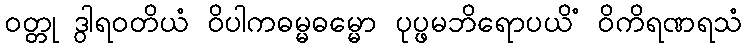
ဝတ္တု ဒွါရဝတိယံ ဝိပါကဓမ္မဓမ္မော ပုပ္ဖမဘိရောပယိံ ဝိကိရဏရသံ